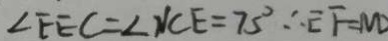
\angle E E C = \angle N C E = 7 5 ^ { \circ } \therefore E F = N D